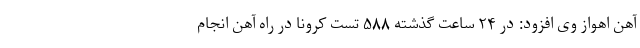
آهن اهواز وی افزود: در ۲۴ ساعت گذشته ۵۸۸ تست کرونا در راه آهن انجام